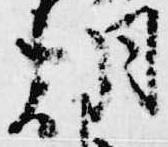
朝